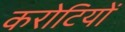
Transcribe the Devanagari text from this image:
करोटियों